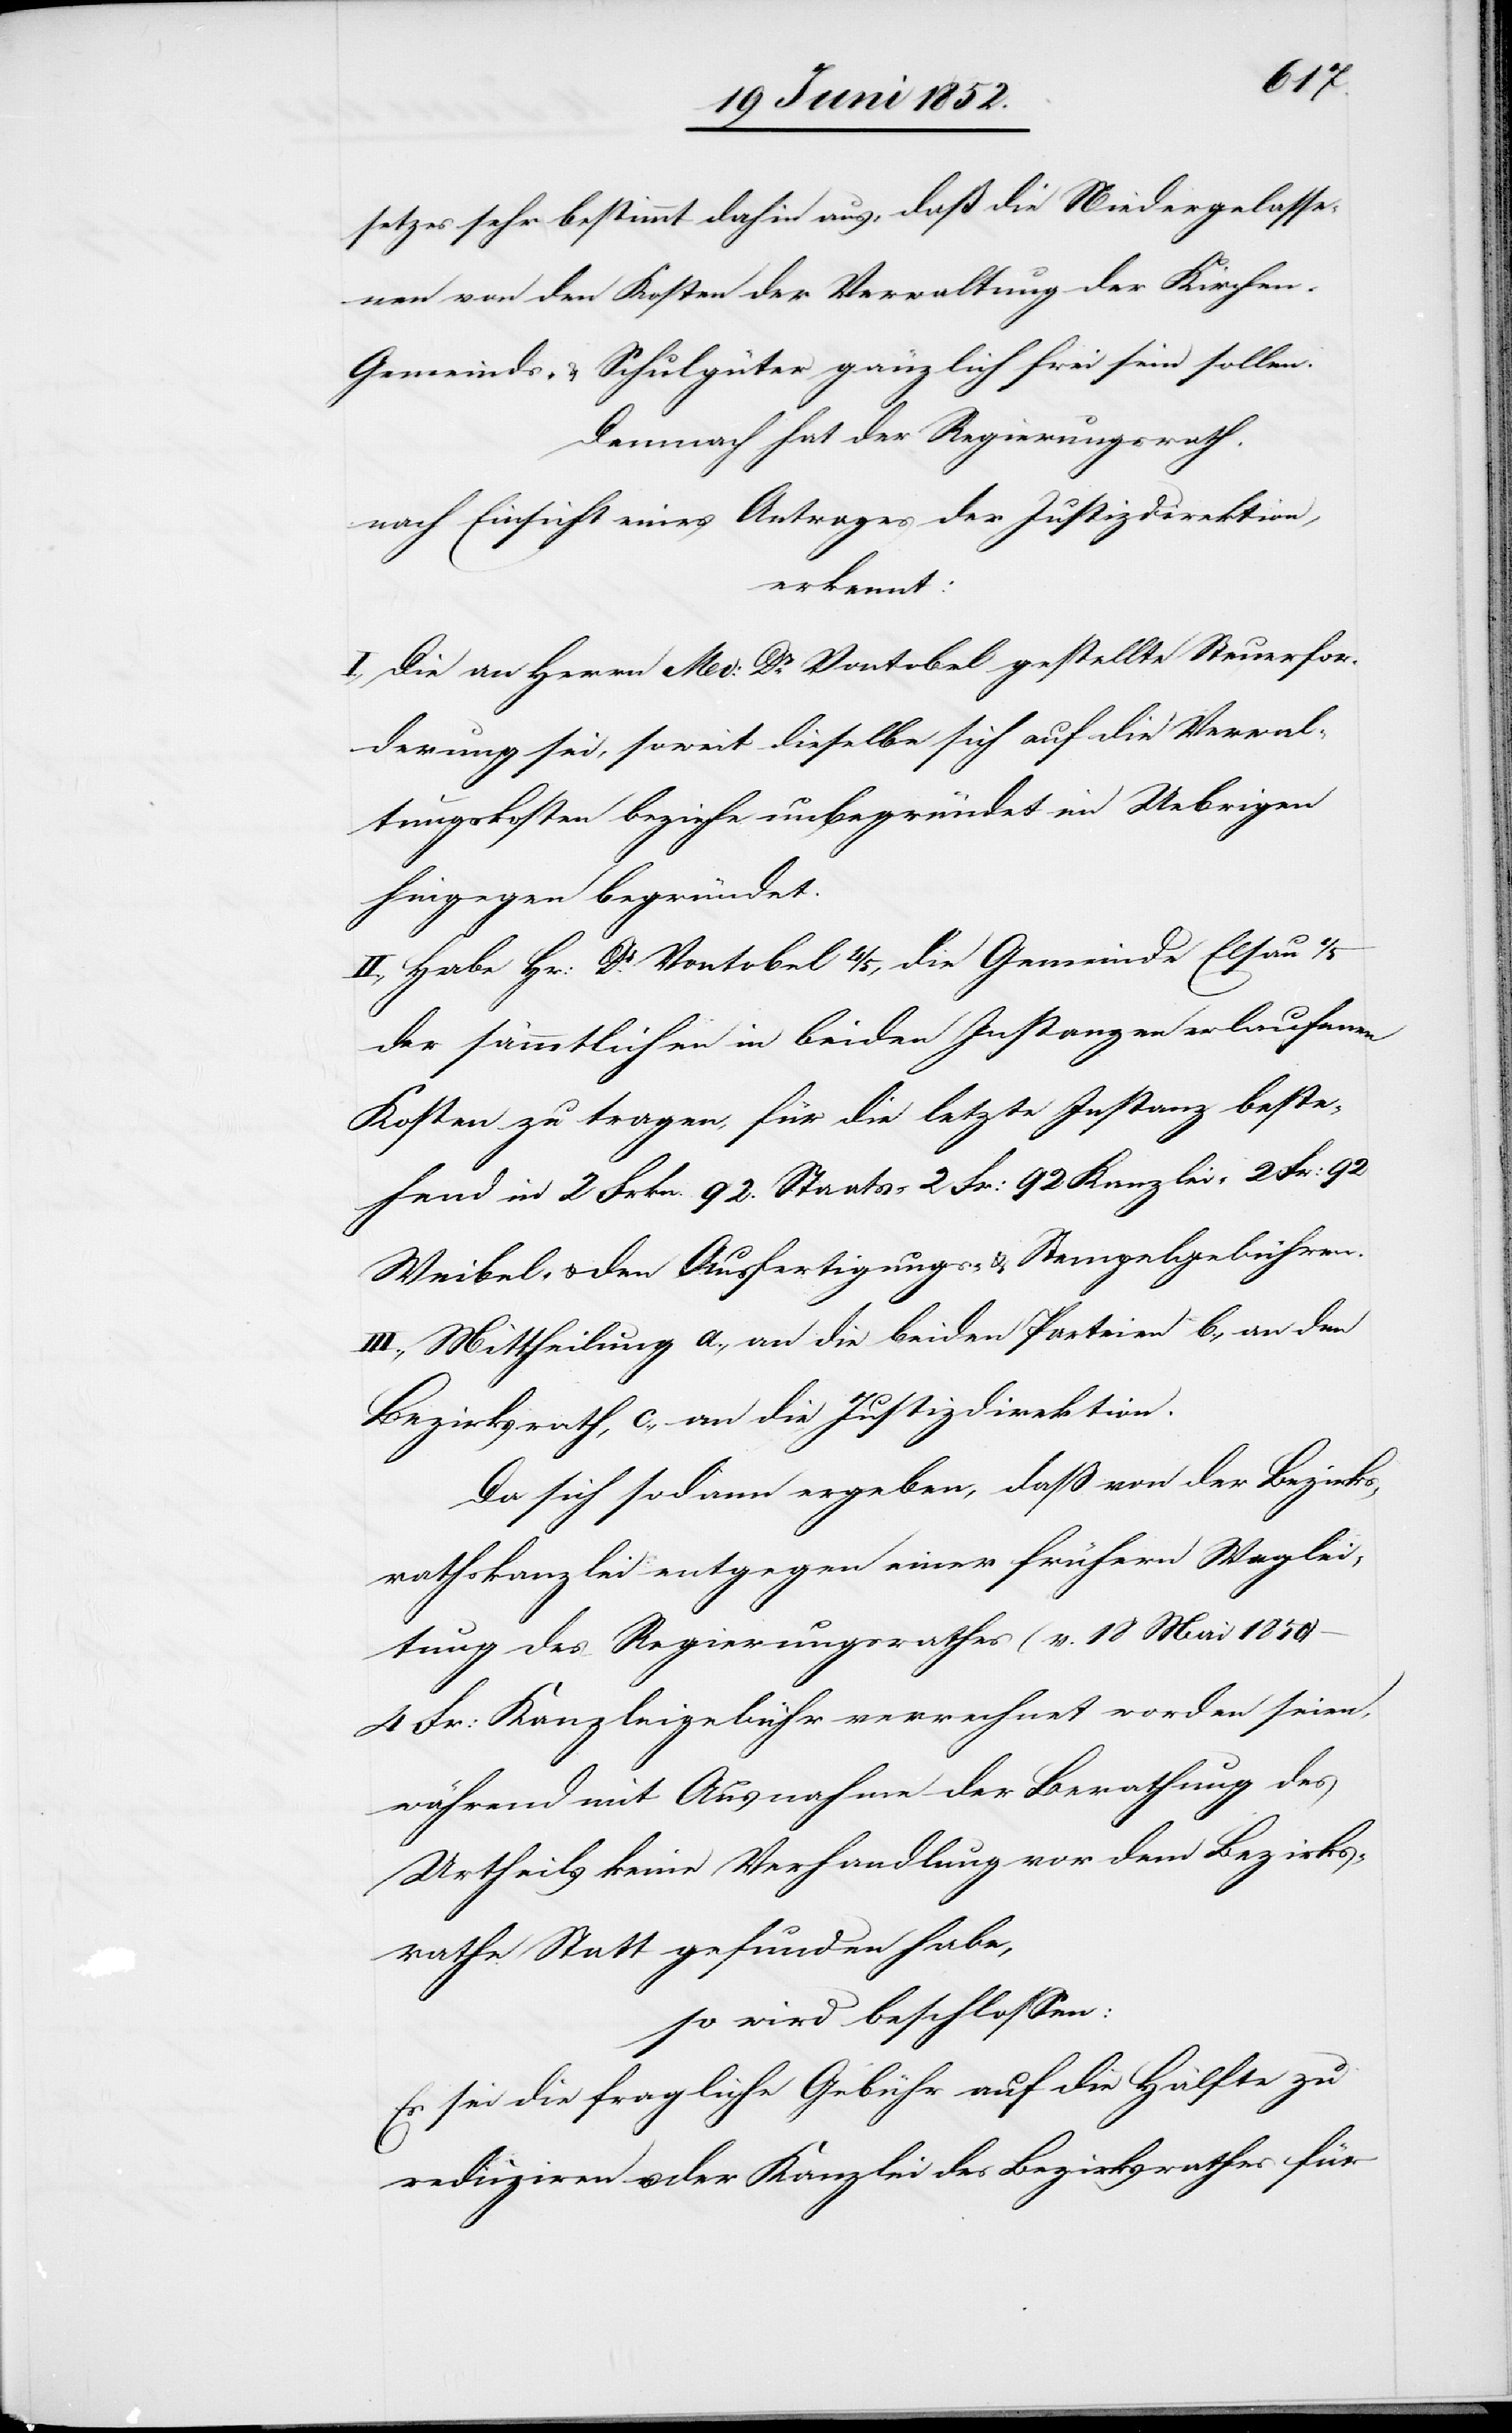
setzes sehr bestimmt dahin aus, daß die Niedergelasse¬
nen von den Kosten der Verwaltung der Kirchen-[,]
Gemeinds- & Schulgüter gänzlich frei sein sollen.
Demnach hat der Regierungsrath,
nach Einsicht eines Antrages der Justizdirektion,
erkennt:
I., Die an Herrn Med: Dr. Vontobel gestellte Steuerfor¬
derung sei, soweit dieselbe sich auf die Verwal¬
tungskosten beziehe unbegründet im Uebrigen
hingegen begründet.
II., Habe Hr: Dr. Vontobel 4/5, die Gemeinde Elsau 1/5
der sämmtlichen in beiden Instanzen erlaufenen
Kosten zu tragen, für die letzte Instanz beste¬
hend in 2 Frkn. 92. Staats-[,] 2 Fr: 92 Kanzlei-[,] 2 Fr: 92
Weibel- & den Ausfertigungs- & Stempelgebühren.
III., Mittheilung a., an die beiden Parteien[,] b., an den
Bezirksrath, c., an die Justizdirektion.
Da sich sodann ergeben, daß von der Bezirks¬
rathskanzlei entgegen einer frühern Weglei¬
tung des Regierungsrathes (v. 18 Mai 1850)
4 Fr: Kanzleigebühr verrechnet worden seien,
während mit Ausnahme der Berathung des
Urtheils keine Verhandlung vor dem Bezirks¬
rathe Statt gefunden habe,
so wird beschlossen:
Es sei die fragliche Gebühr auf die Hälfte zu
reduziren u. der Kanzlei des Bezirksrathes für